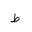
Letter: _da